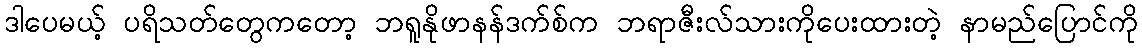
ဒါပေမယ့် ပရိသတ်တွေကတော့ ဘရူနိုဖာနန်ဒက်စ်က ဘရာဇီးလ်သားကိုပေးထားတဲ့ နာမည်ပြောင်ကို